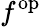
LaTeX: f^{\mathrm{op}}